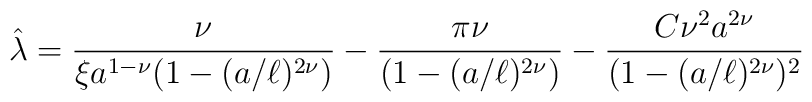
{\hat\lambda}={\nu\over\xi a^{1-\nu}(1-(a/\ell)^{2\nu})}-{\pi\nu\over(1-(a/\ell)^{2\nu})}-{C\nu^2a^{2\nu}\over(1-(a/\ell)^{2\nu})^2}